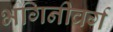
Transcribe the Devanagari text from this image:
भगिनीवर्ग